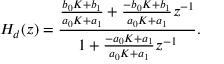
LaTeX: H _ { d } ( z ) = { \frac { { \frac { b _ { 0 } K + b _ { 1 } } { a _ { 0 } K + a _ { 1 } } } + { \frac { - b _ { 0 } K + b _ { 1 } } { a _ { 0 } K + a _ { 1 } } } z ^ { - 1 } } { 1 + { \frac { - a _ { 0 } K + a _ { 1 } } { a _ { 0 } K + a _ { 1 } } } z ^ { - 1 } } } .